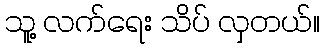
သူ့ လက်ရေး သိပ် လှတယ်။